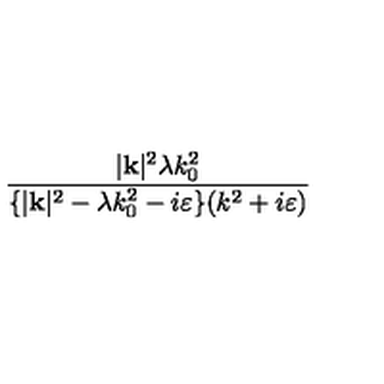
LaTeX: \frac { | \mathbf { k } | ^ { 2 } \lambda k _ { 0 } ^ { 2 } } { \{ | \mathbf { k } | ^ { 2 } - \lambda k _ { 0 } ^ { 2 } - i \varepsilon \} ( k ^ { 2 } + i \varepsilon ) }